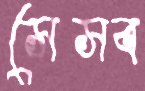
সেসব